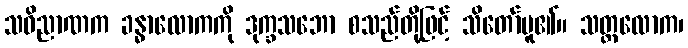
သဝိညာဏက ခန္ဓာလောကကို ဒုက္ခသဘော စသည်တို့ဖြင့် သိတော်မူ၏။ သတ္တလောက၊